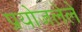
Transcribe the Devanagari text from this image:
प्रयोजलेले